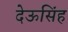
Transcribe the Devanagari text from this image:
देऊसिंह